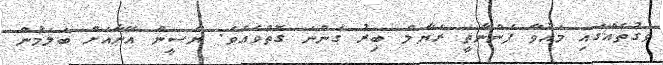
ވަގުތެއްގައި މައުވާ ފެންނާތީ ރަޔާލް ބިރު ގަންނަ ގޮތްވެއެވެ. ޔާސީން އޭނާއަށް ބަލަމުން